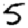
Digit: 5